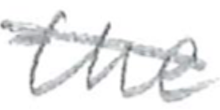
Text: the
Cross-out: diagonal
Writing tool: pencil